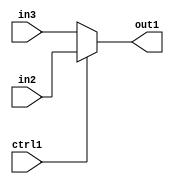
`timescale 1ps / 1ps
/*****************************************************************************
    Verilog RTL Description
    
    
    Created by: Stratus DpOpt 2019.1.01 
*******************************************************************************/

module bn_addr_gen_N_Mux_1_2_7_4_0 (
	in3,
	in2,
	ctrl1,
	out1
	); /* architecture "behavioural" */ 
input  in3,
	in2,
	ctrl1;
output  out1;
wire  asc001;

reg [0:0] asc001_tmp_0;
assign asc001 = asc001_tmp_0;
always @ (ctrl1 or in2 or in3) begin
	case (ctrl1)
		1'B1 : asc001_tmp_0 = in2 ;
		default : asc001_tmp_0 = in3 ;
	endcase
end

assign out1 = asc001;
endmodule

/* CADENCE  uLP4SwE= : u9/ySgnWtBlWxVPRXgAZ4Og= ** DO NOT EDIT THIS LINE ******/